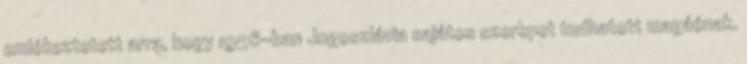
emlékeztetett arra, hogy 1956-ban Jugoszlávia sajátos szerepet tudhatott magáénak.